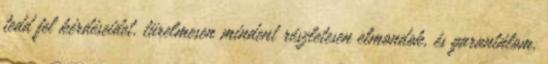
tedd fel kérdéseidet, türelmesen mindent részletesen elmondok, és garantálom,